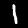
Digit: 1